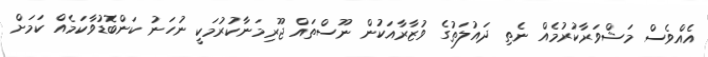
އެއްވެސް މަޝްވަރާކުރުމެއް ނެތި ދައުލަތުގެ ވުޒާރާއަކުން ނޫސްތައް ޖޫރިމަނާކުރުމަކީ ނުހަނު ކަންބޮޑުވާކަމެއް ކަމަށް